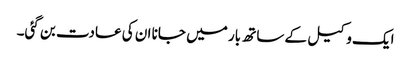
ایک وکیل کے ساتھ بار میں جانا ان کی عادت بن گئی۔